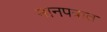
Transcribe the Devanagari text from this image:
मानपत्रात